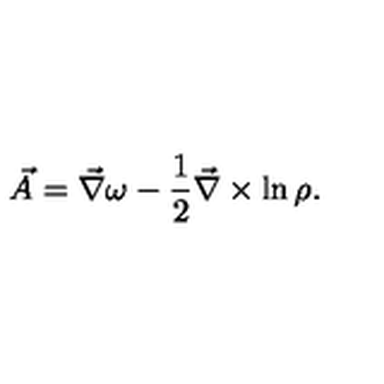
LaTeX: \vec { A } = \vec { \nabla } \omega - { \frac { 1 } { 2 } } \vec { \nabla } \times \ln \rho .